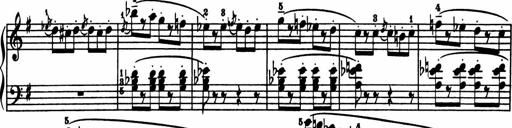
Title: Sonatina in G major
Composer: Friedrich Kuhlau
Key: G major